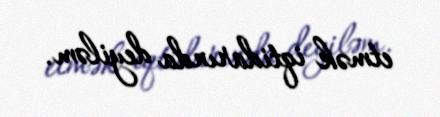
etmək iqtidarında deyiləm.